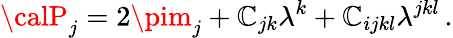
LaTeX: {\calP}_{j}=2\pim_{j}+\mathbb{C}_{jk}\lambda^{k}+\mathbb{C}_{ijkl}\lambda^{jkl}\, .